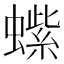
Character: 𬠭